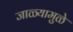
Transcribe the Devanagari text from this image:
जाळ्यामुळे